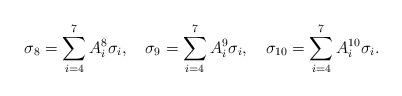
LaTeX: \begin{align*}\sigma_8=\sum_{i=4}^7A^8_i\sigma_i,\quad\sigma_9=\sum_{i=4}^7A^9_i\sigma_i,\quad\sigma_{10}=\sum_{i=4}^7A^{10}_i\sigma_i.\end{align*}